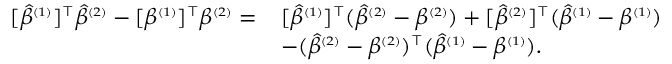
\small \begin{array} { r l } { [ \widehat { \beta } ^ { \scriptscriptstyle ( 1 ) } ] ^ { \intercal } \widehat { \beta } ^ { \scriptscriptstyle ( 2 ) } - [ \beta ^ { \scriptscriptstyle ( 1 ) } ] ^ { \intercal } \beta ^ { \scriptscriptstyle ( 2 ) } = } & { [ \widehat { \beta } ^ { \scriptscriptstyle ( 1 ) } ] ^ { \intercal } ( \widehat { \beta } ^ { \scriptscriptstyle ( 2 ) } - \beta ^ { \scriptscriptstyle ( 2 ) } ) + [ \widehat { \beta } ^ { \scriptscriptstyle ( 2 ) } ] ^ { \intercal } ( \widehat { \beta } ^ { \scriptscriptstyle ( 1 ) } - \beta ^ { \scriptscriptstyle ( 1 ) } ) } \\ & { - ( \widehat { \beta } ^ { \scriptscriptstyle ( 2 ) } - \beta ^ { \scriptscriptstyle ( 2 ) } ) ^ { \intercal } ( \widehat { \beta } ^ { \scriptscriptstyle ( 1 ) } - \beta ^ { \scriptscriptstyle ( 1 ) } ) . } \end{array}